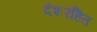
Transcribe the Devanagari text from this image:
दंशरहित